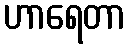
ဟာရေတာ